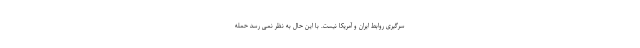
سرگیری روابط ایران و آمریکا نیست. با این حال به نظر نمی رسد حمله